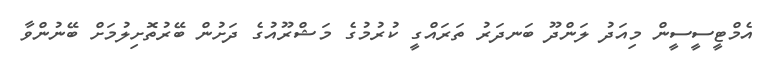
އެމްޓީސީސީން މިއަދު ލަންދޫ ބަނދަރު ތަރައްގީ ކުރުމުގެ މަޝްރޫއުގެ ދަށުން ބޭރުތޮށިލުމަށް ބޭނުންވާ